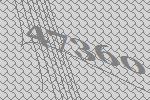
47360